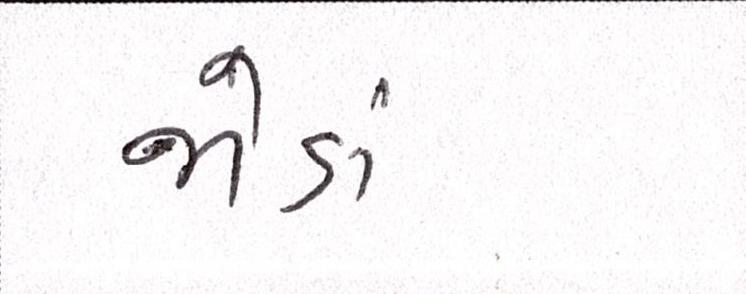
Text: જોડાં